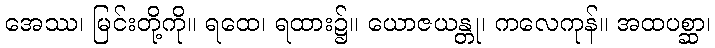
အေဿ၊ မြင်းတို့ကို။ ရထေ၊ ရထား၌။ ယောဇယန္တု၊ ကလေကုန်။ အထပစ္ဆာ၊